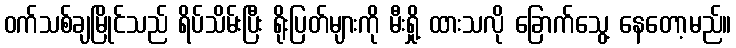
ဝက်သစ်ချမြိုင်သည် ရိပ်သိမ်းပြီး ရိုးပြတ်များကို မီးရှို့ ထားသလို ခြောက်သွေ့ နေတော့မည်။